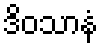
ဒိဝသာနံ